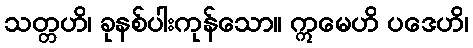
သတ္တဟိ၊ ခုနစ်ပါးကုန်သော။ ဣမေဟိ ပဒေဟိ၊